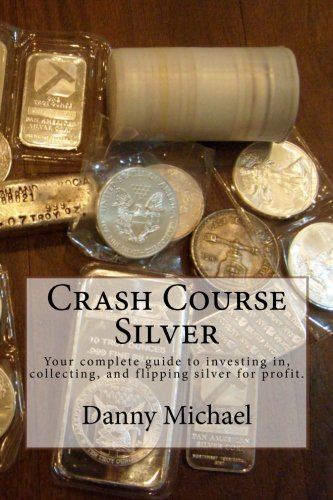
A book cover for Crash Course Silver: Your complete guide to investing in, collecting, and flipping silver for profit.; Danny Michael; Crafts, Hobbies & Home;